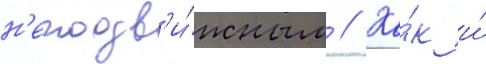
н'еподв'и́жным // Ка́к и́